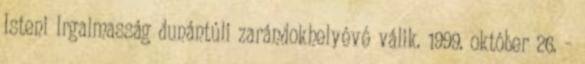
Isteni Irgalmasság dunántúli zarándokhelyévé válik. 1999. október 26. –